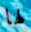
لها